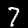
Label: 7